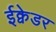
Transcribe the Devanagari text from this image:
ईक्वेडर